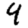
Digit: 4